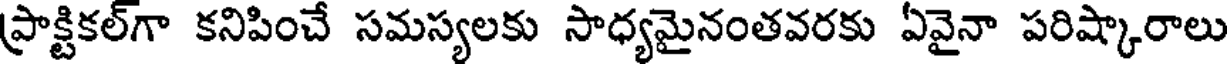
ప్రాక్టికల్గా కనిపించే సమస్యలకు సాధ్యమైనంతవరకు ఏవైనా పరిష్కారాలు